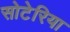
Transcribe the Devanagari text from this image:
सोटेरिया